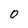
Character: 0